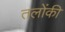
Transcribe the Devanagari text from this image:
तलोंकी